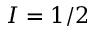
I = 1 / 2